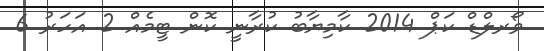
ވޯރލްޑް ކަޕް 2014 ކާމިޔާބު ކުރާނީ ކޮން ޓީމެއް 2 އަހަރު 6